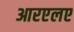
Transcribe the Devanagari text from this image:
आरएलए